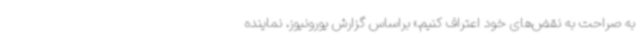
به صراحت به نقض‌های خود اعتراف کنیم.» براساس گزارش یورونیوز، نماینده